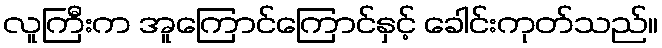
လူကြီးက အူကြောင်ကြောင်နှင့် ခေါင်းကုတ်သည်။